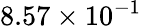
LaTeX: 8.57\times 10^{-1}